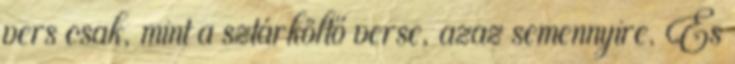
vers csak, mint a sztárköltő verse, azaz semennyire. És